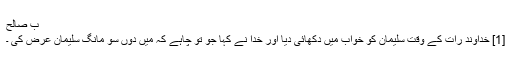
ب صَالح
[1] خداوند رات کے وقت سلیمان کو خواب میں دکھائی دیا اور خدا نے کہا جو تو چاہے کہ میں دوں سو مانگ سلیمان عرض کی ۔